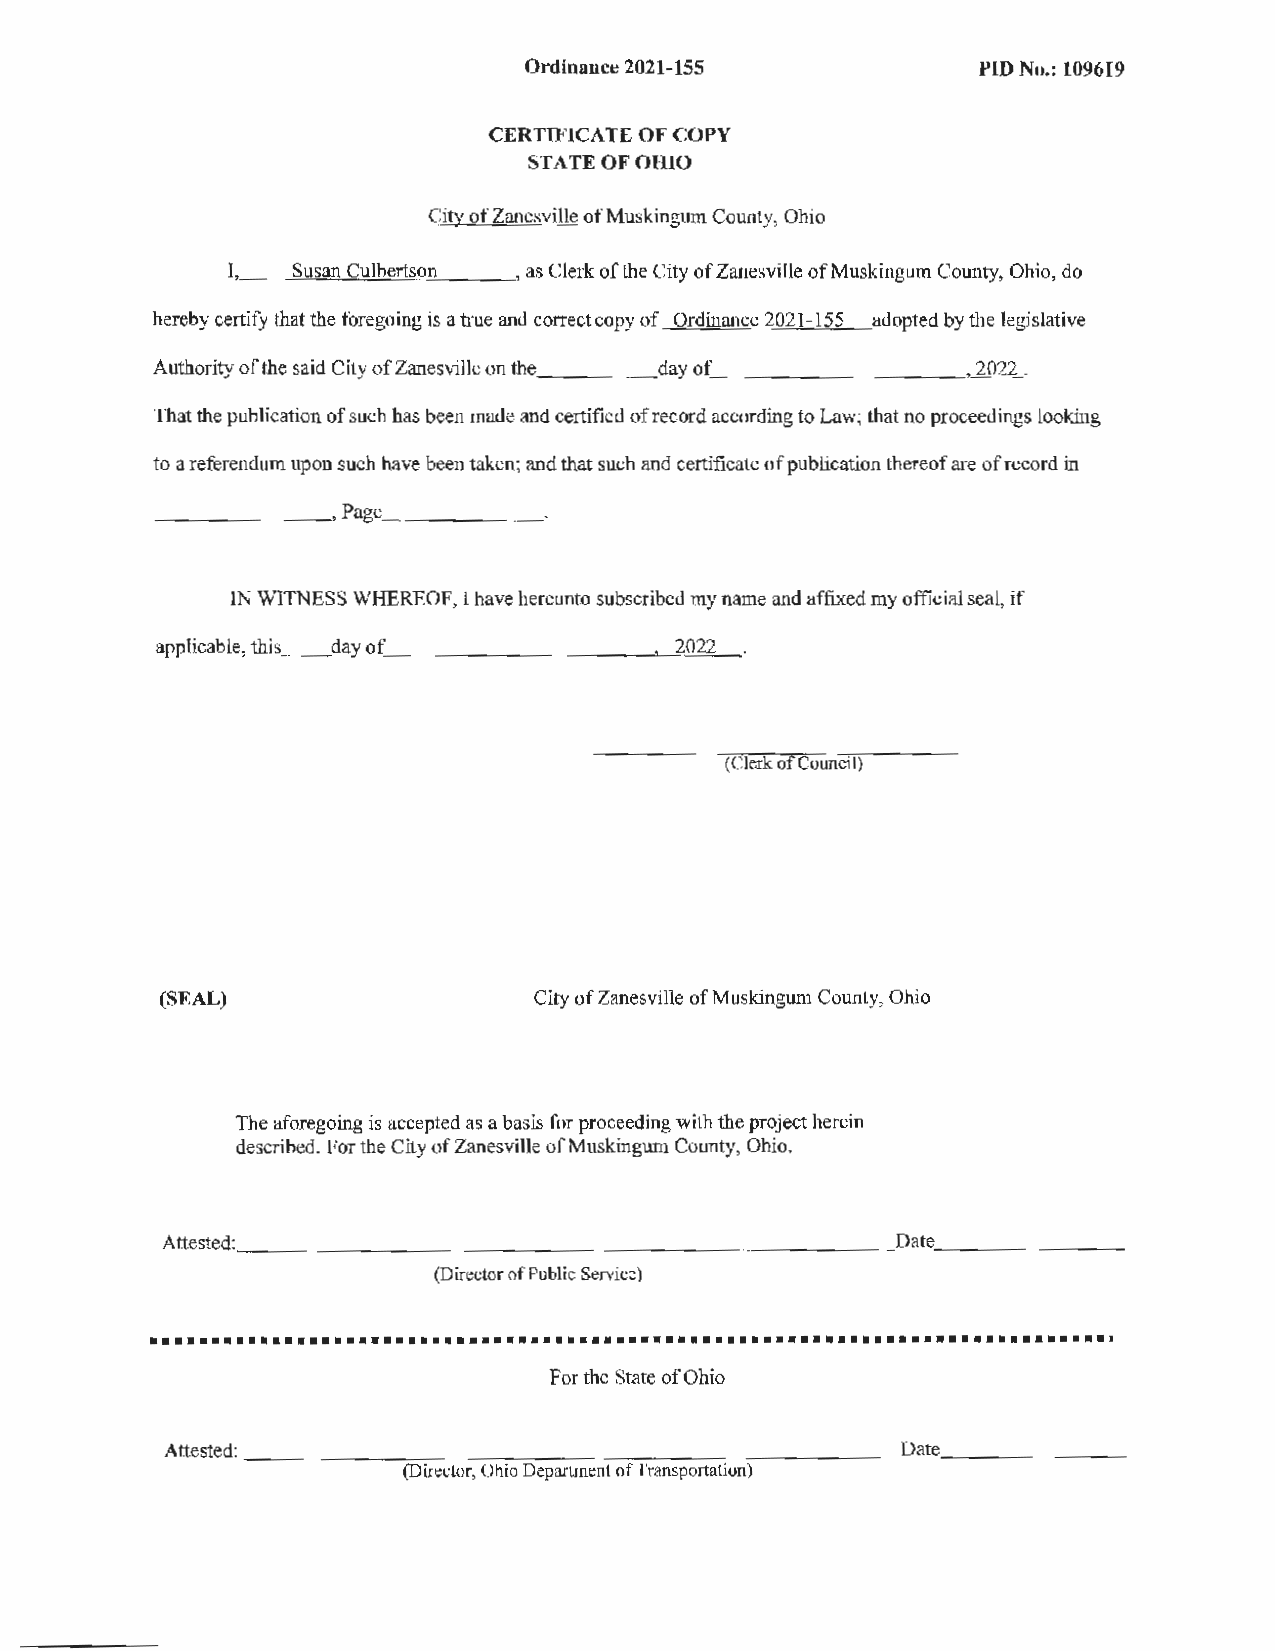
Ordinance 2021-155            PIO No.: 109619
 CERTIFICATE OF COPY
 STATE OF OHIO
 City of Zanesville of Muskingum County, Ohio
 I, __.. ..sS'--""u"s,,a.,n"-"'C""u"->lb"""e""'rt""so~n'-'------' as Clerk of the City of Zanesville of Muskingum County, Ohio, do
 hereby certify that the foregoing is a true and correct copy of Ordinance 2021-155 adopted by the legislative
 Authority of the said City of Zanesville on the_ ____d ay of_ __________ , 2022 .
 That the publication of such has been made and certified of record according to Law; that no proceedings looking
 to a referendum upon such have been taken; and that such and certificate of publication thereof are of record in
 -------~Page._   ______
 IN W1TNESS WHEREOF, I have hereunto subscribed my name and affixed my official seal, if
 applicable, this_ _d ay of_ __________'- -"2=0=2=2-
 (Clerk of Council)
 (SEAL)                   City of Zanesville of Muskingum County, Ohio
 The aforegoing is accepted as a basis for proceeding with the project herein
 described. For the City of Zanesville of Muskingum County, Ohio.
 Attested: ____________________________         _ .Date_ _______
 (Director of Public Service)
 •••••••••••••••••••••••••••••••••••••••••••••••••••••••••••••••••••••••••••••••
 For the State of Ohio
 Attested: - -----------------,,--- ----------Date._ _______
 (Director, Ohio Department of Transportation)